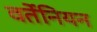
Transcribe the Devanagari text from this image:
वर्तेनियन